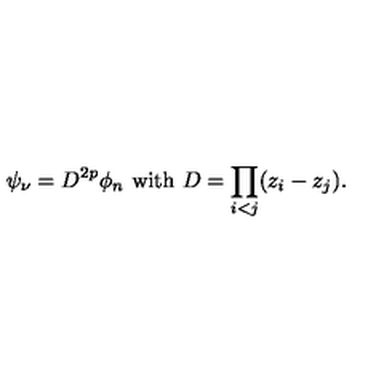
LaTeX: \psi _ { \nu } = D ^ { 2 p } \phi _ { n } \ \mathrm { w i t h } \ D = \prod _ { i < j } ( z _ { i } - z _ { j } ) .